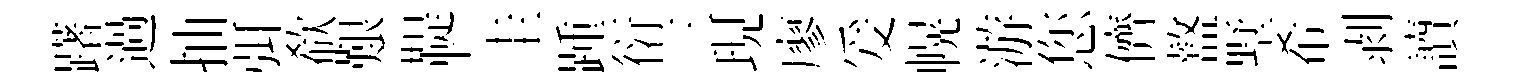
躇過抽弭欷艱鞮圭踵衍三現廖爰幌游您儕盩墅希剥讀